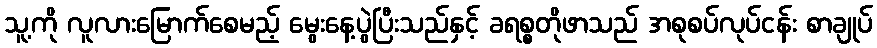
သူ့ကို လူလားမြောက်စေမည့် မွေးနေ့ပွဲပြီးသည်နှင့် ခရစ္စတိုဖာသည် အစုစပ်လုပ်ငန်း စာချုပ်